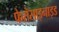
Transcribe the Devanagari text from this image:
फेरोसाइनाइड